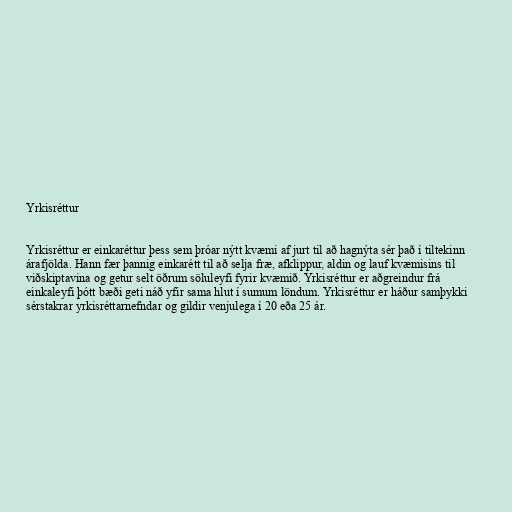
Yrkisréttur

Yrkisréttur er einkaréttur þess sem þróar nýtt kvæmi af jurt til að hagnýta sér það í tiltekinn
árafjölda. Hann fær þannig einkarétt til að selja fræ, afklippur, aldin og lauf kvæmisins til
viðskiptavina og getur selt öðrum söluleyfi fyrir kvæmið. Yrkisréttur er aðgreindur frá
einkaleyfi þótt bæði geti náð yfir sama hlut í sumum löndum. Yrkisréttur er háður samþykki
sérstakrar yrkisréttarnefndar og gildir venjulega í 20 eða 25 ár.